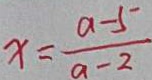
x = \frac { a - 5 } { a - 2 }